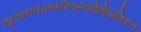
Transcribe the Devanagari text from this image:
स्फुरन्नानारत्नस्फटिकमयभित्तिप्रतिफल